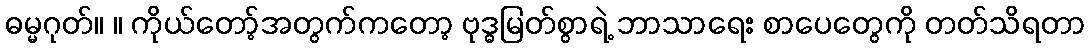
ဓမ္မဂုတ်။ ။ ကိုယ်တော့်အတွက်ကတော့ ဗုဒ္ဓမြတ်စွာရဲ့ ဘာသာရေး စာပေတွေကို တတ်သိရတာ